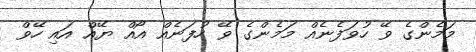
މަމެންގެ ވޭ ހުވަފެނެއް މަމެންގެ ވޭ ހުފަނެއް އޯއް ޔޭއް އައި ހޭވް